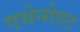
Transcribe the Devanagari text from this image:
एथेनोएट